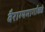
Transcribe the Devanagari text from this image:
वैराग्यमार्गाकडे